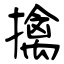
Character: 擒